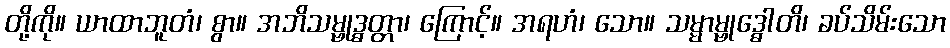
တို့ကို။ ယာထာဘူတံ၊ စွာ။ အဘိသမ္ဗုဒ္ဓတ္တာ၊ ကြောင့်။ အရဟံ၊ သော။ သမ္မာမ္ဗုဒ္ဓေါတိ၊ ခပ်သိမ်းသော